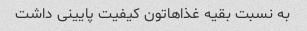
به نسبت بقیه غذاهاتون کیفیت پایینی داشت